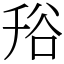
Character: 谸